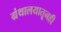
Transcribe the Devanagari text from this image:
ग्रंथालयातूनही